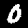
Digit: 0